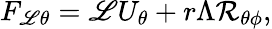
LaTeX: F_{\mathscr{L}\theta}=\mathscr{L}U_{\theta}+r\Lambda{\cal{R}}_{\theta\phi},